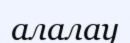
алалау